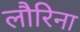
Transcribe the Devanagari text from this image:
लौरिना